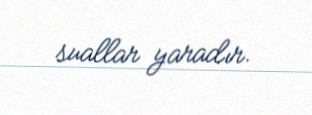
suallar yaradır.